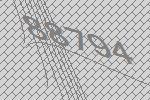
88794